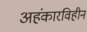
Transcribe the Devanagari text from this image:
अहंकारविहीन